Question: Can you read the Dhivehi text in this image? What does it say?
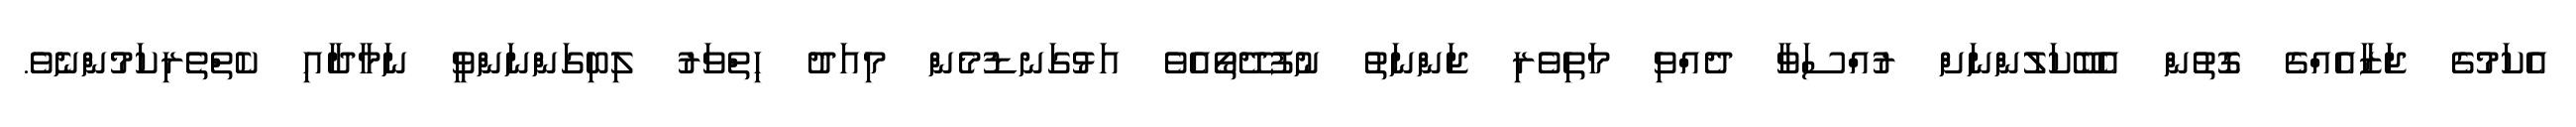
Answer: އެކަމުގެ ޖަޒާއެއްގެ ގޮތުން އެބޭކަލުންނަށް ރުއްސަވާ ދެއްވި މަތިވެރި ޖަންނަތު ނުފުދޭތޯއެވެ އަޅުގަނޑުމެން މިއަދު ހިތްވަރު ލިބިގަންނަންވީ ނަމާދާއި ކެތްތެރިކަމުންނެވެ.